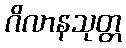
ဂိလာနသုတ္တ